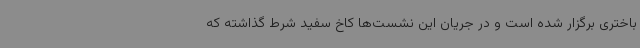
باختری برگزار شده است و در جریان این نشست‌ها کاخ سفید شرط گذاشته که